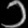
Digit: ၁